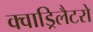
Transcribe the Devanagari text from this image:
क्वाड्रिलैटरो